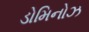
ડોમિનોઝ